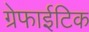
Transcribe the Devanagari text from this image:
ग्रेफाईटिक